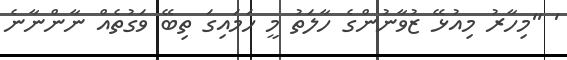
' ''މިހާރު މިއުޅޭ ޒުވާނުންގެ ހާލަތު މީ ހަމައިގަ ތިބޭ ވަގުތެއް ނާންނާނެ